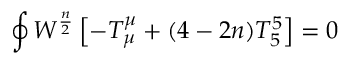
\oint W ^ { \frac { n } { 2 } } \left[ - T _ { \mu } ^ { \mu } + ( 4 - 2 n ) T _ { 5 } ^ { 5 } \right] = 0